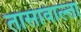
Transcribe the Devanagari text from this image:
तासावाल्ता